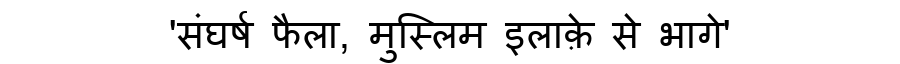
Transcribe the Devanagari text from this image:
'संघर्ष फैला, मुस्लिम इलाक़े से भागे'